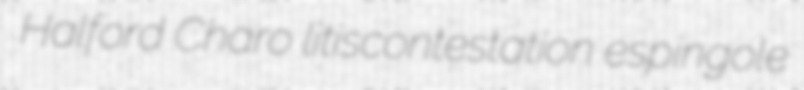
Halford Charo litiscontestation espingole